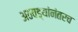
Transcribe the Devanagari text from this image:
अठवड्यांनंतरच